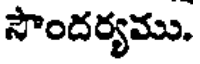
సౌందర్యము.